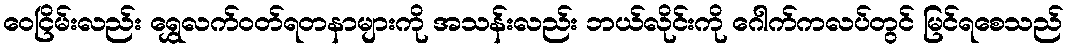
ဝေငြိမ်းလည်း ရွှေလက်ဝတ်ရတနာများကို အသန်းလည်း ဘယ်လိုင်းကို ဂေါက်ကလပ်တွင် မြင်ရစေသည်